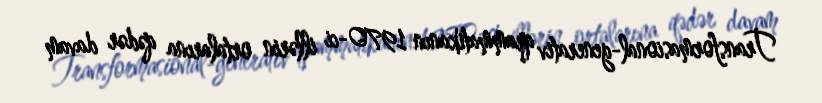
Transformasional-generativ qrammatikanın 1970-ci illərin ortalarına qədər davam